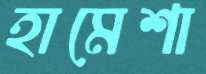
হামেশা